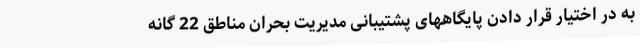
به در اختیار قرار دادن پایگاههای پشتیبانی مدیریت بحران مناطق 22 گانه